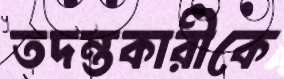
তদন্তকারীকে